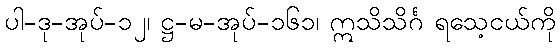
ပါ-ဒု-အုပ်-၁၂၊ ဋ္ဌ-မ-အုပ်-၁၆၁၊ ဣသိသိင်္ဂ ရသေ့ငယ်ကို